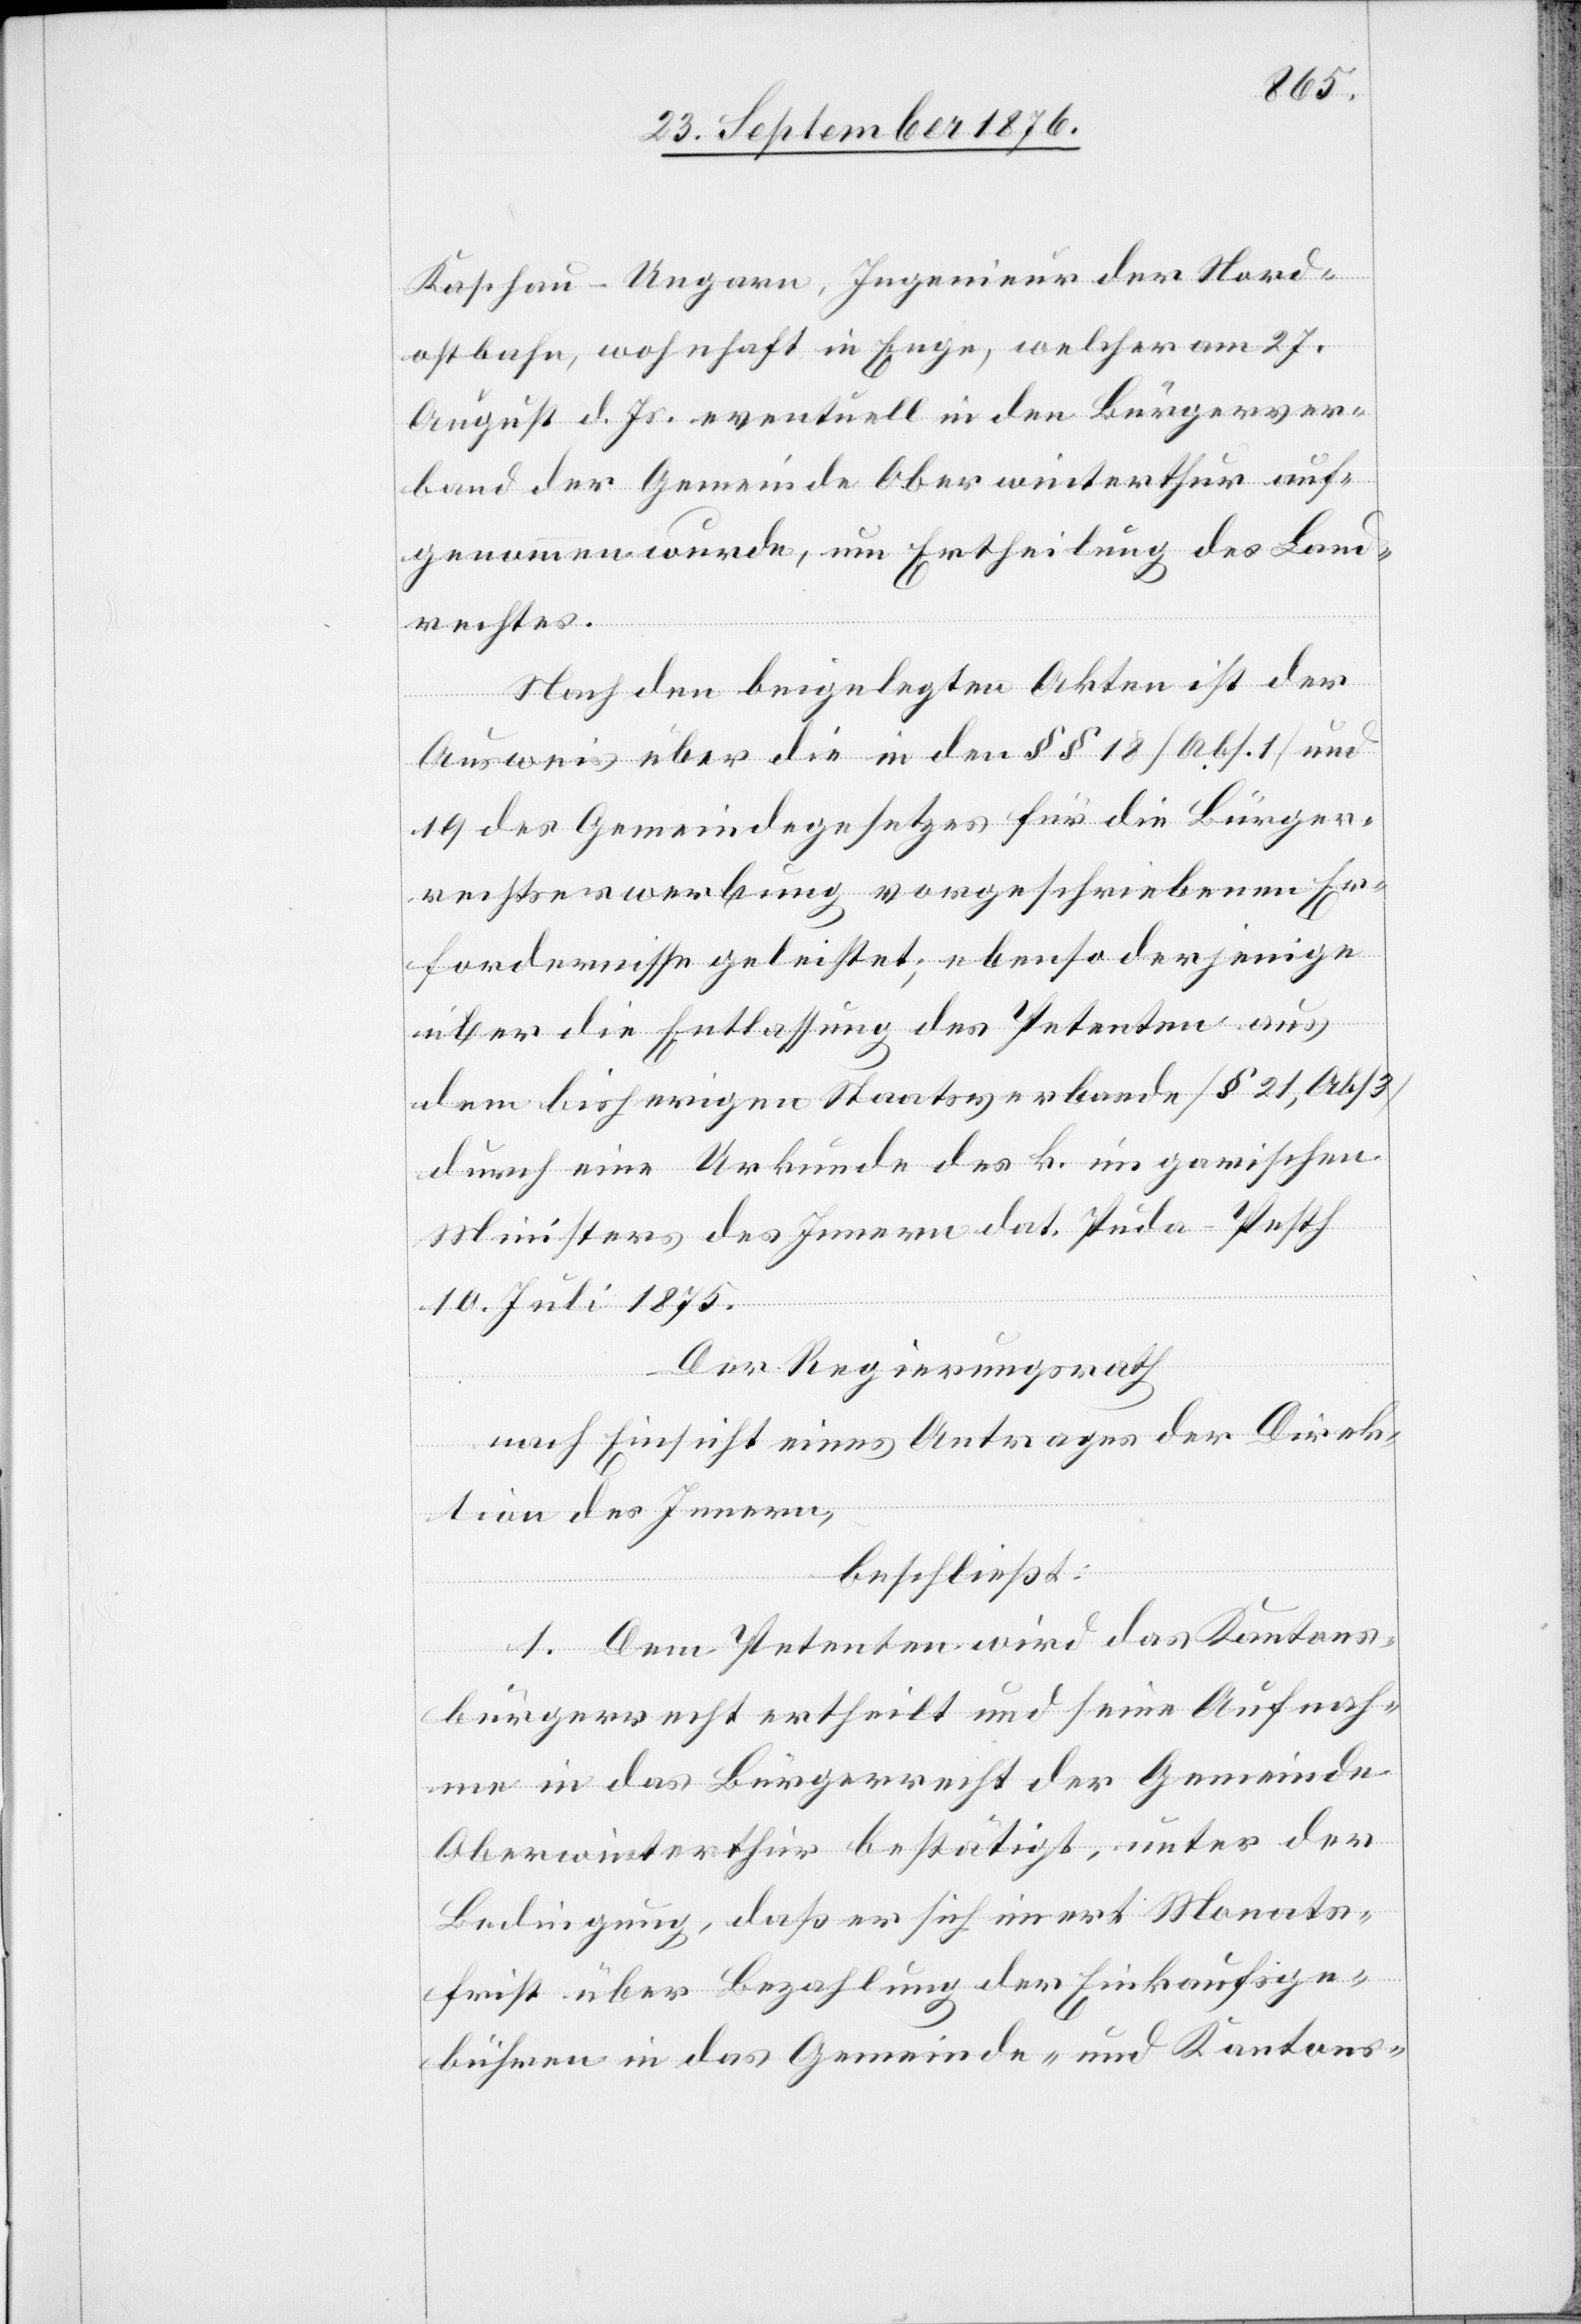
Kaschau - Ungarn, Ingenieur der Nord¬
ostbahn, wohnhaft in Enge, welcher am 27.
August d. Js. eventuell in den Bürgerver¬
band der Gemeinde Oberwinterthur auf¬
genommen wurde, um Ertheilung des Land¬
rechtes.
Nach den beigelegten Akten ist der
Ausweis über die in den §§ 18 [Abs. 1] und
19 des Gemeindegesetzes für die Bürger¬
rechtserwerbung vorgeschriebenen Er¬
fordernisse geleistet; ebenso derjenige
über die Entlassung des Petenten aus
dem bisherigen Staatsverbande [§ 21, Abs. 3]
durch eine Urkunde des k. ungarischen
Ministers des Innern dat. Puda-Pesth
10. Juli 1875.
Der Regierungsrath,
nach Einsicht eines Antrages der Direk¬
tion des Innern,
beschließt:
1. Dem Petenten wird das Kantons¬
bürgerrecht ertheilt und seine Aufnah¬
me in das Bürgerrecht der Gemeinde
Oberwinterthur bestätigt, unter der
Bedingung, das er sich innert Monats¬
frist über Bezahlung der Einkaufsge¬
bühren in das Gemeinde- und Kantons-